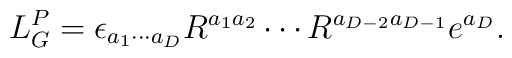
L_{G}^{P}=\epsilon _{a_1\cdots a_D}R^{a_1 a_2} \cdots R^{a_{D-2}a_{D-1}}e^{a_{D}}.